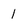
Character: 1